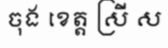
ចុង ខេត្ត ស្រី ស